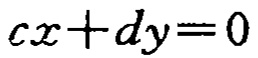
\(cx + dy = 0\)